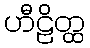
ဟီဠိတ္ထ